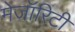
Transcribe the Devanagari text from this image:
मेजॉरिटी